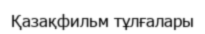
Қазақфильм тұлғалары